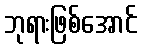
ဘုရားဖြစ်အောင်